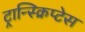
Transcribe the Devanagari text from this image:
ट्रान्स्क्रिप्टेस